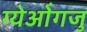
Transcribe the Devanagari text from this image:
ग्येओंगजु